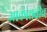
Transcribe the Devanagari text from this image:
आकाराचीच